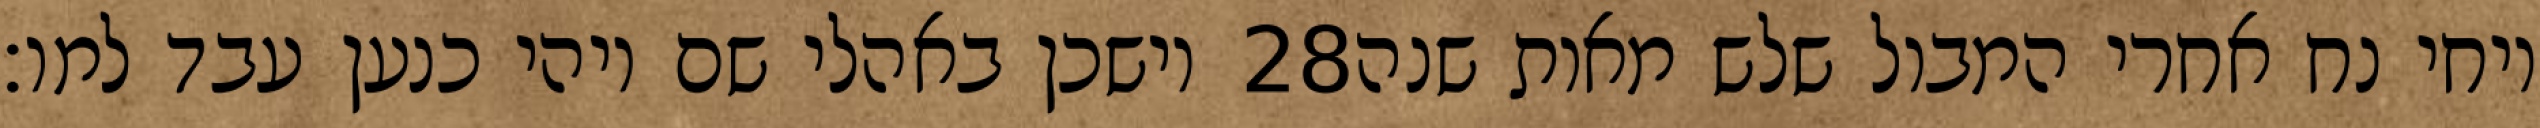
וישכן באהלי שם ויהי כנען עבד למו׃ ‎28‏ ויחי נח אחרי המבול שלש מאות שנה